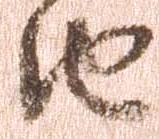
由